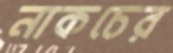
নাকচের